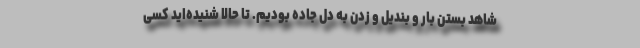
شاهد بستن بار و بندیل و زدن به دل جاده بودیم. تا حالا شنیده‌اید کسی